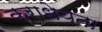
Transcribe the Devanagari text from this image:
कराधेयता